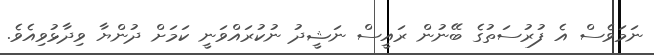
ނަމަވެސް އެ ފުރުސަތުގެ ބޭނުން ރައީސް ނަޝީދު ނުކުރައްވަނީ ކަމަށް ދުންޔާ ވިދާޅުވިއެވެ.